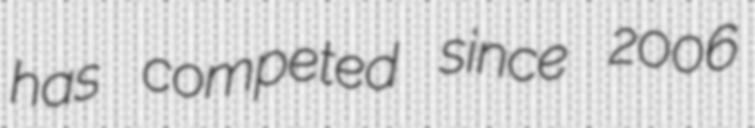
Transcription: has competed since 2006